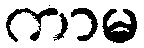
ကာမ